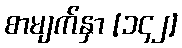
စာမျက်နှာ [၁၄၂]